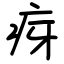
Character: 疨